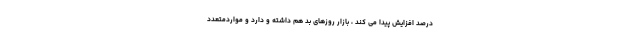
درصد افزایش پیدا می کند ، بازار روزهای بد هم داشته و دارد و مواردمتعدد